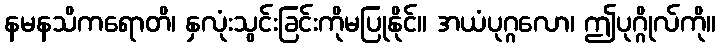
နမနသိကရောတိ၊ နှလုံးသွင်းခြင်းကိုမပြုနိုင်။ အယံပုဂ္ဂလော၊ ဤပုဂ္ဂိုလ်ကို။